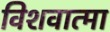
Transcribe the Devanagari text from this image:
विशवात्मा